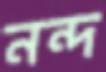
নন্দ